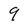
Character: 9